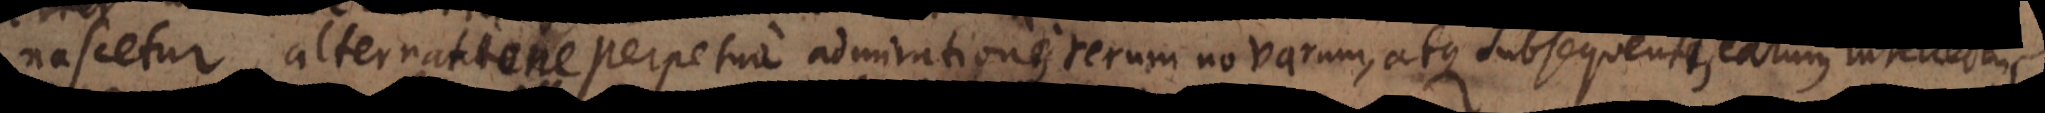
nasceturalternante perpetuo admiratione rerum novarum, atque subsequente earum intellectu